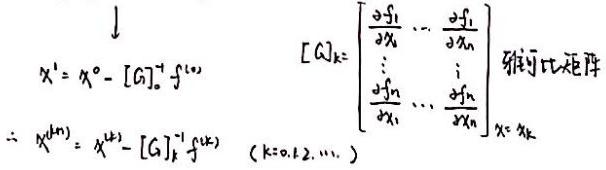
\[
\begin{align*}
x^1&=x^0 - [G]_0^{-1} f^{(0)}\\
\therefore x^{(k + 1)}&=x^{(k)} - [G]_k^{-1} f^{(k)}\quad (k = 0,1,2,\cdots)\\
[G]_k&=
\begin{bmatrix}
\frac{\partial f_1}{\partial x_1} & \cdots & \frac{\partial f_1}{\partial x_n}\\
\vdots & & \vdots\\
\frac{\partial f_n}{\partial x_1} & \cdots & \frac{\partial f_n}{\partial x_n}
\end{bmatrix}_{x = x_k}\quad \text{雅可比矩阵}
\end{align*}
\]